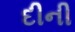
દીની